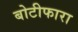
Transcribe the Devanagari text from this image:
बोटीफारा